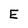
Character: E